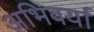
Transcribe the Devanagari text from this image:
अभिवर्या